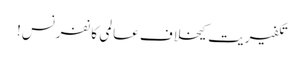
تکفیریت کیخلاف عالمی کانفرنس!